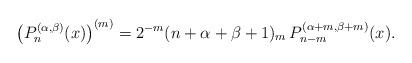
LaTeX: \begin{align*} \left(P_n^{(\alpha,\beta)}(x)\right)^{(m)}=2^{-m} (n+\alpha+\beta+1)_m\,P_{n-m}^{(\alpha+m,\beta+m)}(x).\end{align*}